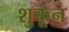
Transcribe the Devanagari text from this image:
शुकून